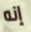
إنه